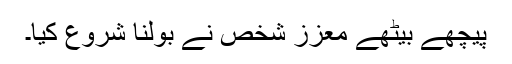
پیچھے بیٹھے معزز شخص نے بولنا شروع کیا۔